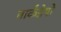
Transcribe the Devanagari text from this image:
मार्कंडेयो